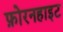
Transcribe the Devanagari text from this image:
फ़ोरनहाइट